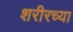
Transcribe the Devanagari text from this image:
शरीरच्या